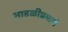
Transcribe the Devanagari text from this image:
भाडळीप्रमाणे